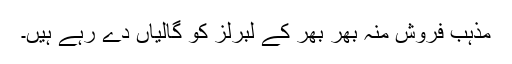
مذہب فروش منہ بھر بھر کے لبرلز کو گالیاں دے رہے ہیں۔